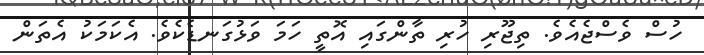
ހުސް ވެސްޖެއެވެ. ތިޖޫރި ހުރި ތާންގައި އޮތީ ހަމަ ވަޅުގަނޑެކެވެ. އެކަމަކު އެތަން